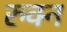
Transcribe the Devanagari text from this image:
रुक्न